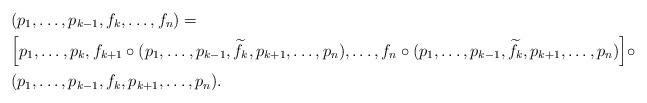
LaTeX: \begin{align*}&(p_{1},\ldots,p_{k-1},f_{k},\ldots,f_{n})=\\&\Big[p_{1},\ldots,p_{k},f_{k+1}\circ (p_{1},\ldots,p_{k-1},\widetilde{f}_{k},p_{k+1},\ldots,p_{n}),\ldots,f_{n}\circ (p_{1},\ldots,p_{k-1},\widetilde{f}_{k},p_{k+1},\ldots,p_{n})\Big]\circ \\ &(p_{1},\ldots,p_{k-1},f_{k},p_{k+1},\ldots,p_{n}).\end{align*}